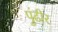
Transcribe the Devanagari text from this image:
पुंढीर